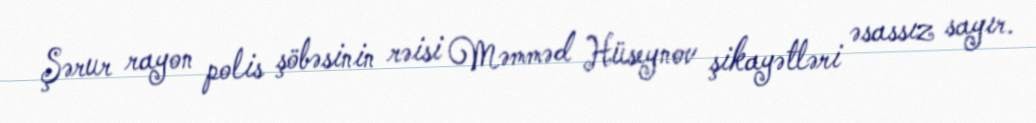
Şərur rayon polis şöbəsinin rəisi Məmməd Hüseynov şikayətləri əsassız sayır.